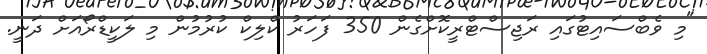
"މި ވެބްސައިޓުގައި ރަޖިސްޓްރީކޮށްގެން 350 ފަހަރު ކްލިކް ކުރުމުން މި ލަކީޑްރޯއަށް ދަނީ.